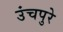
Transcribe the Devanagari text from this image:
उंचपुरे